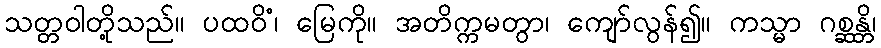
သတ္တဝါတို့သည်။ ပထဝိံ၊ မြေကို။ အတိက္ကမတွာ၊ ကျော်လွန်၍။ ကသ္မာ ဂစ္ဆန္တိ၊